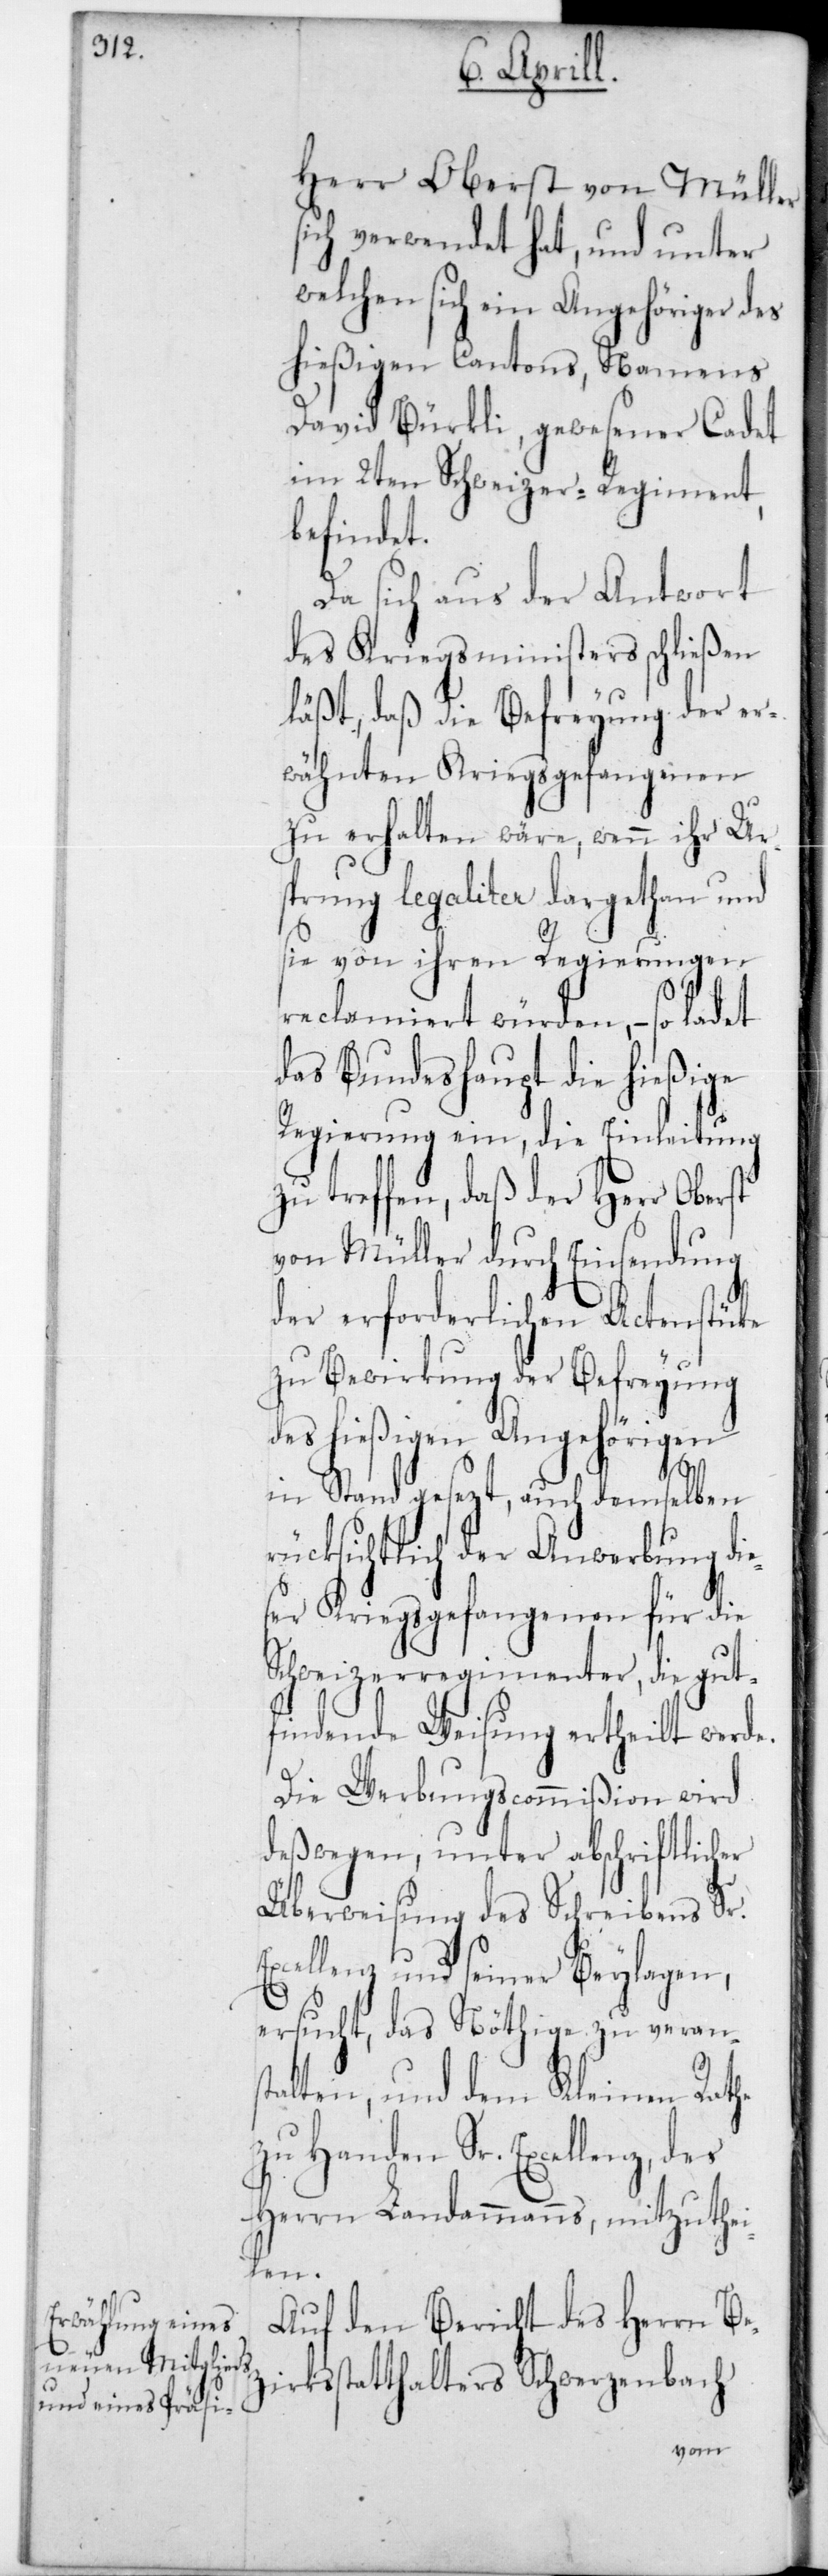
Herr Oberst von Müller
sich verwendet hat, und unter
welchen sich ein Angehöriger des
hießigen Cantons, Namens
David Bürkli, gewese¬
stücke
im 2ten Schweizer-Re¬
dung
befindet.
Da sich aus der Antwort
des Kriegsministers schließen
läßt, daß die Befreyung der e¬
rwähnten Kriegsgefangenen
zu erhalten wäre, wenn ihr Ur¬
sprung legaliter dargethan und
sie von ihren Regierungen
reclamiert würden, – so ladet
das Bundeshaupt die hießige
Regierung ein, die Einleitung
zu treffen, daß der Herr
zi¬
von Müller durch Einsen¬
der erforderlichen Acten¬
zu Bewirkung der Befreyung
des hießigen Angehörigen
instand gesezt, auch demselben
rücksichtlich der Anwerbung die¬
ser Kriegsgefangenen für die
Schweizerregimenter, die gut¬
findende Weisung ertheilt werde.
Die Werbungscommißion wird
deßwegen, unter abschriftlicher
Überweisung des Schreibens Sr.
Excellenz und seiner Beylagen,
ersucht, das Nöthige zu verans¬
talten, und dem Kleinen Rathe
zu Handen Sr. Excellenz,
Herrn Landammanns, mitzuthei¬
len.
Auf den Bericht des Herrn Be¬
rksstatthalters Schwerzenbach